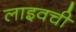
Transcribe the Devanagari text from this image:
लाइवची